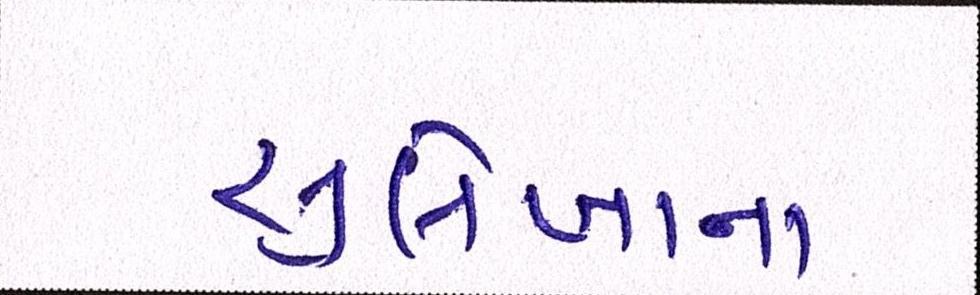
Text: સુલેખાના